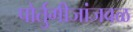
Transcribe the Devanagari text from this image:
पोर्तुगीजांजवळ